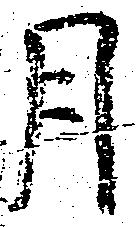
月